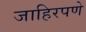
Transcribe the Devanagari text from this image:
जाहिरपणे